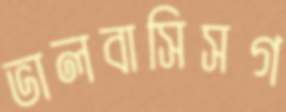
ভালবাসিসগ